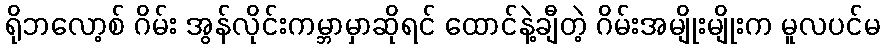
ရိုဘလော့စ် ဂိမ်း အွန်လိုင်းကမ္ဘာမှာဆိုရင် ထောင်နဲ့ချီတဲ့ ဂိမ်းအမျိုးမျိုးက မူလပင်မ